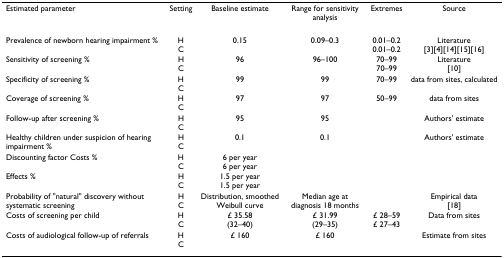
| Estimated parameter | Setting | Baseline estimate | Range for sensitivity analysis | Extremes | Source |
 | --- | --- | --- | --- | --- | --- |
 | Prevalence of newborn hearing impairment % | HC | 0.15 | 0.09–0.3 | 0.01–0.20.01–0.2 | Literature[3][4][14][15][16] |
 | Sensitivity of screening % | HC | 96 | 96–100 | 70–9970–99 | Literature[10] |
 | Specificity of screening % | HC | 99 | 99 | 70–99 | data from sites, calculated |
 | Coverage of screening % | HC | 97 | 97 | 50–99 | data from sites |
 | Follow-up after screening % | HC | 95 | 95 |  | Authors' estimate |
 | Healthy children under suspicion of hearing impairment % | HC | 0.1 | 0.1 |  | Authors' estimate |
 | Discounting factor Costs % | HC | 6 per year6 per year |  |  |  |
 | Effects % | HC | 1.5 per year1.5 per year |  |  |  |
 | Probability of "natural" discovery without systematic screening | HC | Distribution, smoothedWeibull curve | Median age at diagnosis 18 months |  | Empirical data[18] |
 | Costs of screening per child | HC | £ 35.58(32–40) | £ 31.99(29–35) | £ 28–59£ 27–43 | Data from sites |
 | Costs of audiological follow-up of referrals | HC | £ 160 | £ 160 |  | Estimate from sites |